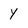
Character: y